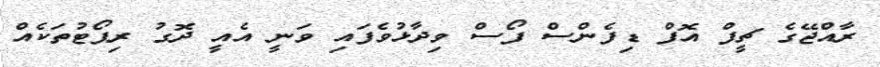
ރާއްޖޭގެ ޗީފް އޮފް ޑިފެންސް ފޯސް ވިދާޅުވެފައި ވަނީ އެއީ ދޮގު ރިޕޯޓުތަކެއް